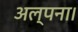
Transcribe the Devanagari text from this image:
अल्पना।